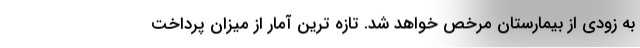
به زودی از بیمارستان مرخص خواهد شد. تازه ترین آمار از میزان پرداخت